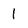
Character: 1